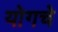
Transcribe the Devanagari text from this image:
योगचे